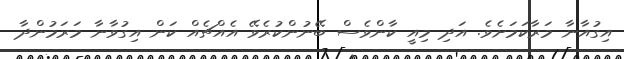
އިގުއާނާ މަރާކަމަށެވެ. އަދި މިއީ ކާންވެސް ބޭނުންކުރެވޭ އެއްޗެއް ކަން އިގުވާނާ މަރަމުންދާ